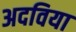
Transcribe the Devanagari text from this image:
अदविया